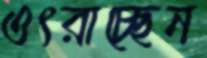
ওৎরাচ্ছেন